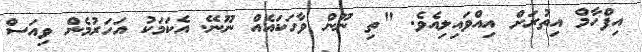
އިފްހާމް އިތުރަށް އިއްވައިލިއެވެ. "ތި ނޫން ވާހަކައެއް ނޫނޭ. އެކަމަކު އަހަރުމެން ވިއަސް